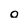
Character: O